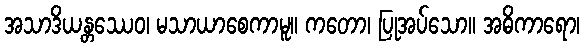
အသာဒိယန္တဿေဝ၊ မသာယာစေကာမူ။ ကတော၊ ပြုအပ်သော။ အဓိကာရော၊